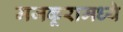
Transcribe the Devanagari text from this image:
मजकूरामध्ये